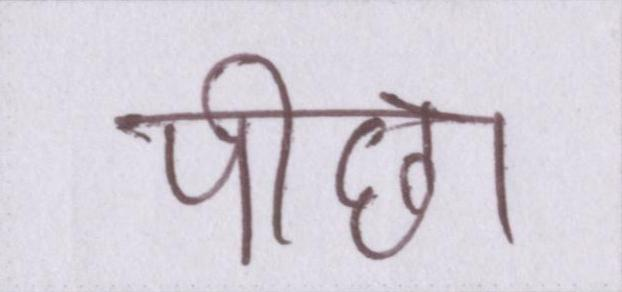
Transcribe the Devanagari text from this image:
पीछा